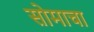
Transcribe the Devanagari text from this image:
सोमाचा